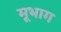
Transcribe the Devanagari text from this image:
मूभाग